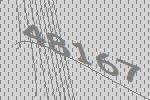
48167